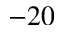
- 2 0